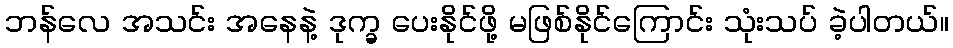
ဘန်လေ အသင်း အနေနဲ့ ဒုက္ခ ပေးနိုင်ဖို့ မဖြစ်နိုင်ကြောင်း သုံးသပ် ခဲ့ပါတယ်။